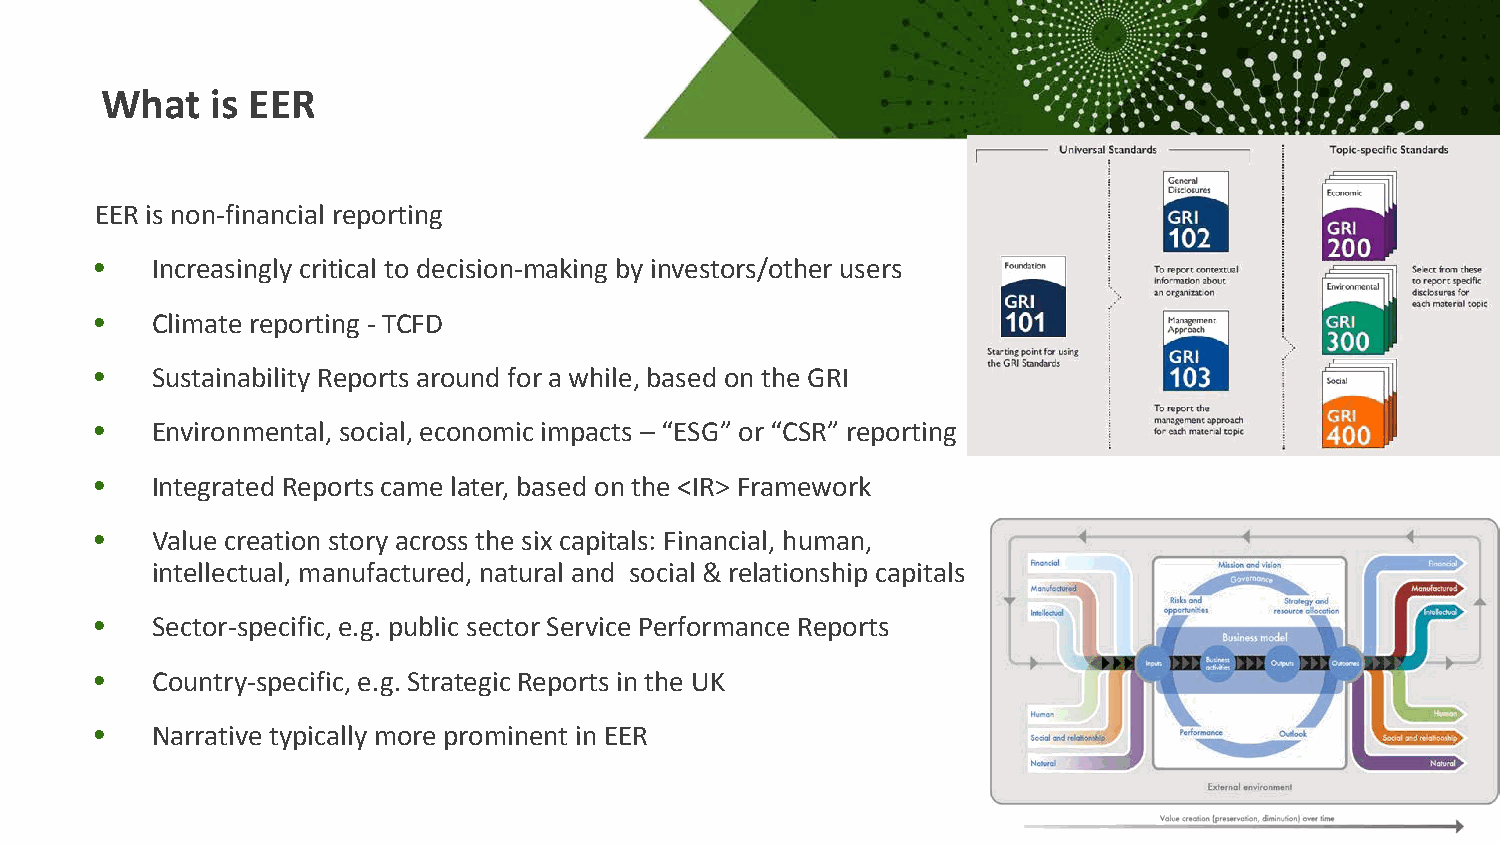
What   is EER
 EER is non-financial reporting
 •   Increasingly critical to decision-making by investors/other users
 •   Climate reporting - TCFD
 •   Sustainability Reports around for a while, based on the GRI
 •   Environmental, social, economic impacts – “ESG” or “CSR” reporting
 •   Integrated Reports came later, based on the <IR> Framework
 •   Value creation story across the six capitals: Financial, human,
 intellectual, manufactured, natural and social & relationship capitals
 •   Sector-specific, e.g. public sector Service Performance Reports
 •   Country-specific, e.g. Strategic Reports in the UK
 •   Narrative typically more prominent in EER
 15